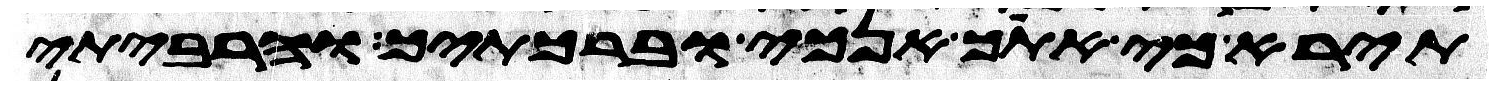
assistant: תירא כי אתך אנכי וברכתיך והרביתי